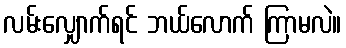
လမ်းလျှောက်ရင် ဘယ်လောက် ကြာမလဲ။